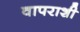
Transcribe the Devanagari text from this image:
वापराशी